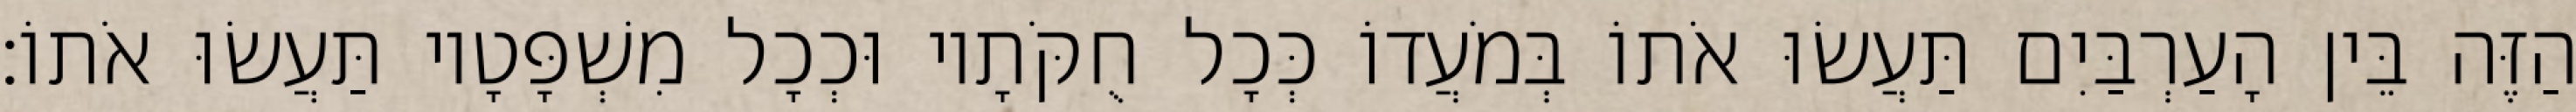
הַזֶּה בֵּין הָעַרְבַּיִם תַּעֲשׂוּ אֹתוֹ בְּמֹעֲדוֹ כְּכָל חֻקֹּתָיו וּכְכָל מִשְׁפָּטָיו תַּעֲשׂוּ אֹתוֹ׃